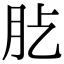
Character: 𦘸